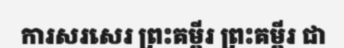
ការសរសេរ ព្រះគម្ពីរ ព្រះគម្ពីរ ជា